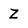
Character: Z